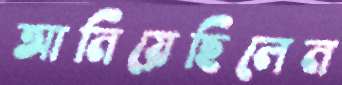
আনিয়েছিলেন